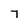
Character: 7